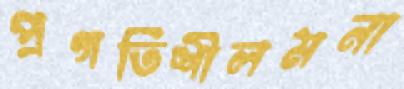
প্রগতিশীলমনা